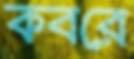
কবরে